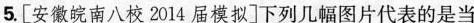
5.[安徽皖南八校2014届模拟]下列几幅图片代表的是当